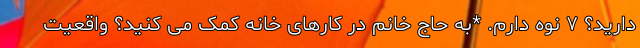
دارید؟ ۷ نوه دارم. *به حاج خانم در کارهای خانه کمک می کنید؟ واقعیت